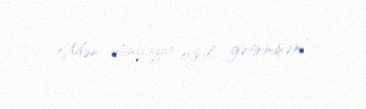
Mən dünyaya oğul gətirmişəm”.